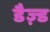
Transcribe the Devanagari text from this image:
डैज़्ड